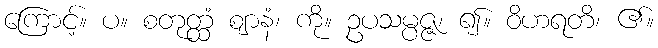
ကြောင့်။ ပ။ စတုတ္ထံ ဈာနံ၊ ကို။ ဥပသမ္ပဇ္ဇ၊ ၍။ ဝိဟရတိ၊ ၏။